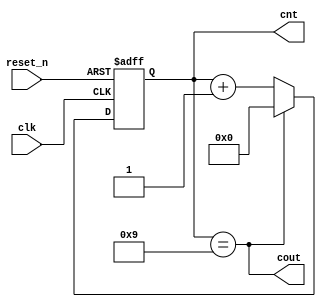
module counter(input reset_n, input clk, output [3:0] cnt, output cout);  
    reg [3:0] cnt_r;
  
    always@(posedge clk or negedge reset_n) begin
        if (!reset_n) begin
            cnt_r <= 4'b0000;
        end
        else if (cnt_r == 4'd9) begin
            cnt_r <= 4'b0000;
        end
        else begin                      
            cnt_r <= cnt_r + 1'b1 ;
        end
    end
  
    assign cout = (cnt_r == 4'd9);
    assign cnt  = cnt_r;
endmodule